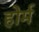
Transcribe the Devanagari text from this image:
होर्म